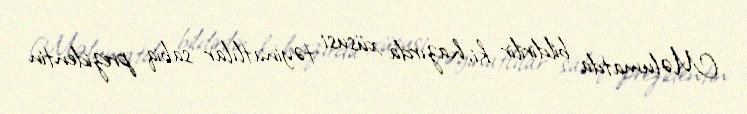
Məlumatda bildirilir ki, hazırda xüsusi təyinatlılar sabiq prezidentin